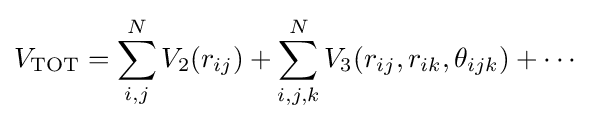
V_{\mathrm {TOT} }=\sum _{i,j}^{N}V_{2}(r_{ij})+\sum _{i,j,k}^{N}V_{3}(r_{ij},r_{ik},\theta _{ijk})+\cdots